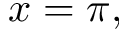
x = \pi ,